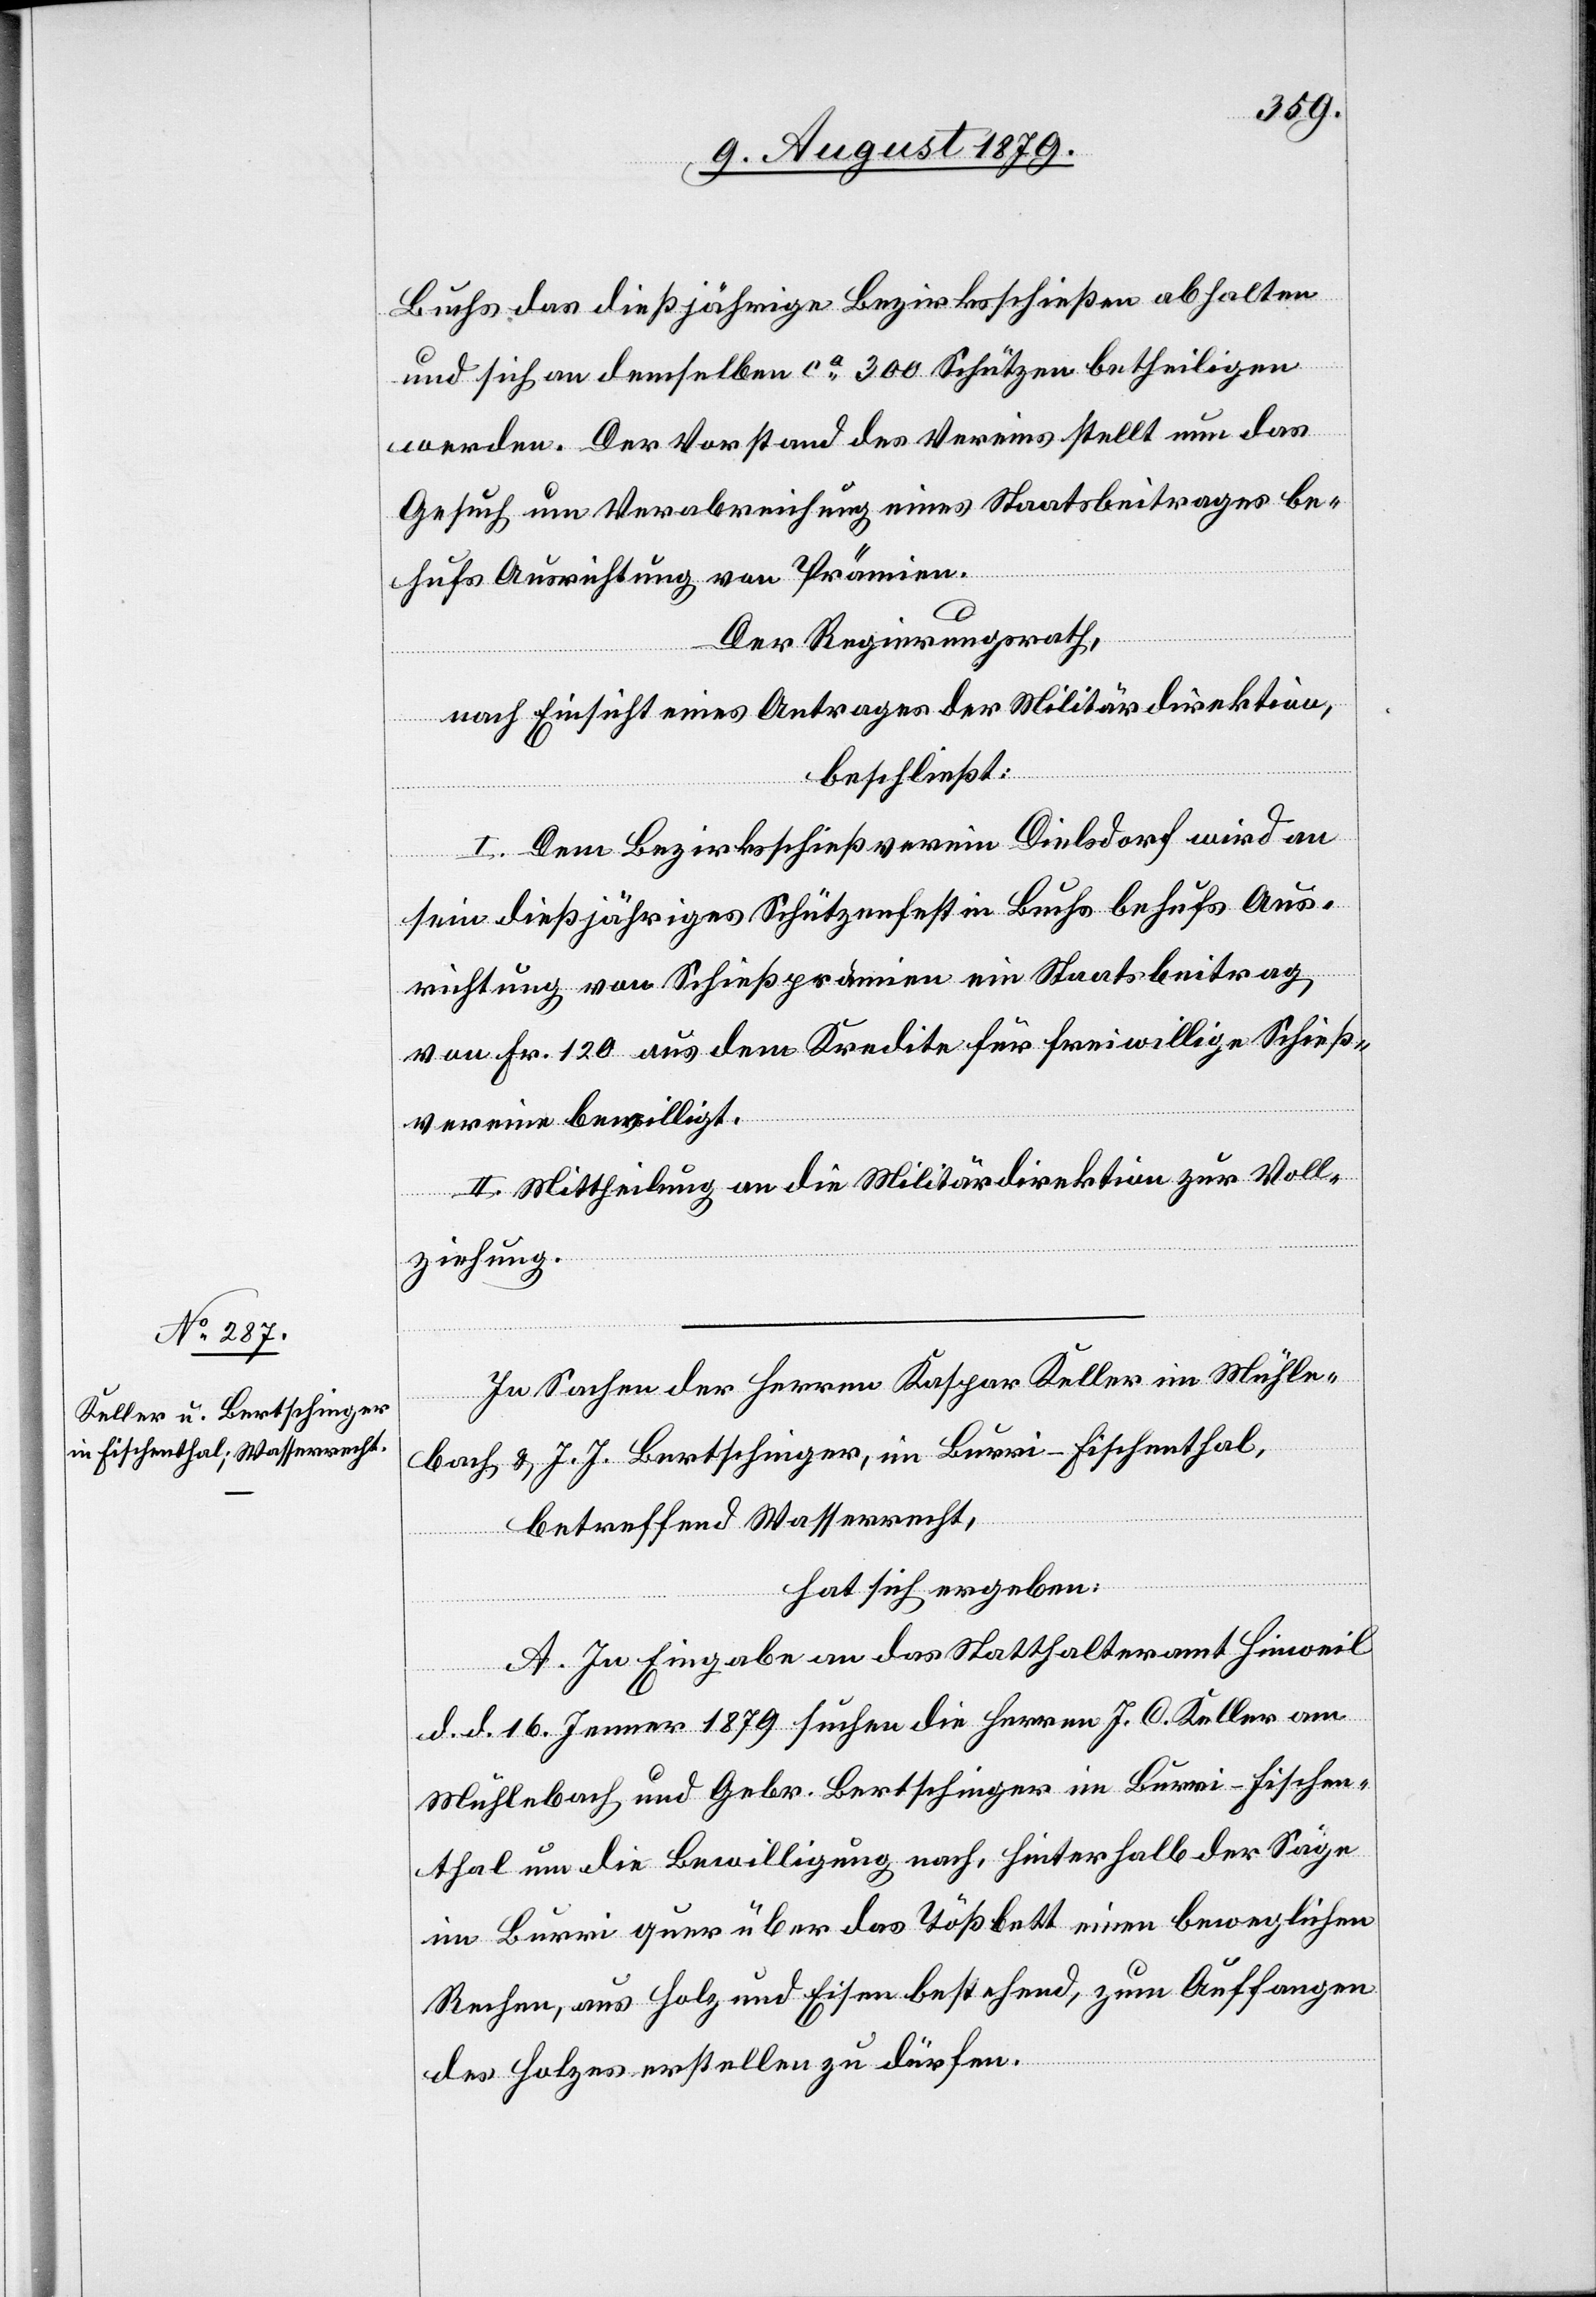
Buchs das dießjährige Bezirksschießen abhalten
und sich an demselben ca 300 Schützen betheiligen
werden. Der Vorstand des Vereins stellt nun das
Gesuch um Verabreichung eines Staatsbeitrages be¬
hufs Ausrichtung von Prämien.
Der Regierungsrath,
nach Einsicht eines Antrages der Militärdirektion,
beschließt:
I. Dem Bezirksschießverein Dielsdorf wird an
sein dießjähriges Schützenfest in Buchs behufs Aus¬
richtung von Schießprämien ein Staatsbeitrag
von Fr. 120 aus dem Kredite für freiwillige Schieß¬
vereine bewilligt.
II. Mittheilung an die Militärdirektion zur Voll¬
ziehung.
In Sachen der Herren Kaspar Keller im Mühle¬
bach & J. J. Bertschinger, im Burri - Fischenthal,
betreffend Wasserrecht,
hat sich ergeben:
A. In Eingabe an das Statthalteramt Hinweil
d. d. 16. Jenner 1879 suchen die Herren J. C. Keller am
Mühlebach und Gebr. Bertschinger im Burri - Fischen¬
thal um die Bewilligung nach, hinterhalb der Säge
im Burri quer über das Tößbett einen beweglichen
Rechen, aus Holz und Eisen bestehend, zum Auffangen
des Holzes erstellen zu dürfen.